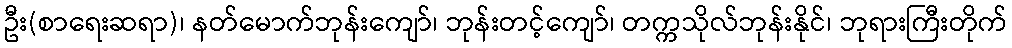
ဦး(စာရေးဆရာ)၊ နတ်မောက်ဘုန်းကျော်၊ ဘုန်းတင့်ကျော်၊ တက္ကသိုလ်ဘုန်းနိုင်၊ ဘုရားကြီးတိုက်